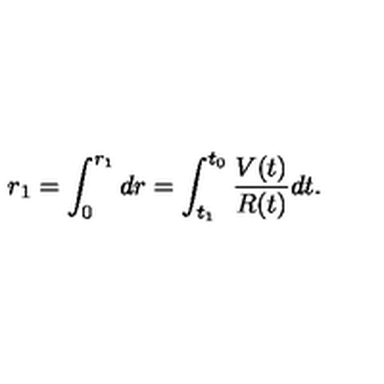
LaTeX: r _ { 1 } = \int _ { 0 } ^ { r _ { 1 } } d r = \int _ { t _ { 1 } } ^ { t _ { 0 } } \frac { V ( t ) } { R ( t ) } d t .